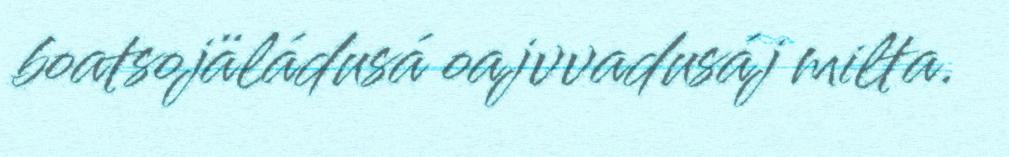
boatsojäládusá oajvvadusáj milta.